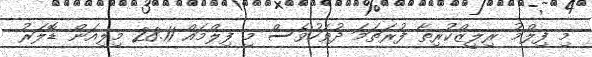
މި ފިލްމު ރިލީޒްކުރިތާ ފުރަތަމަ ދުވަހުވެސް މި ފިލްމައް 28.11 މިލިއަން ޑޮލަރު